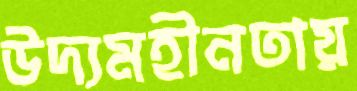
উদ্যমহীনতায়